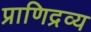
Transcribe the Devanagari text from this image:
प्राणिद्रव्य